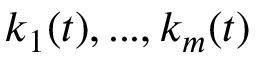
k _ { 1 } ( t ) , . . . , k _ { m } ( t )